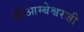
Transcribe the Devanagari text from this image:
श्रीआम्बेश्वरजी